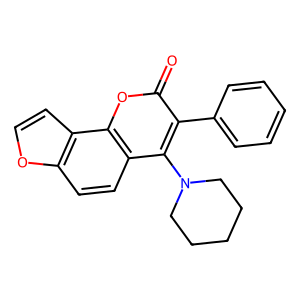
SMILES: O=c1oc2c(ccc3occc32)c(N2CCCCC2)c1-c1ccccc1
Inhibits HIV replication: No